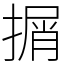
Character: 㨝